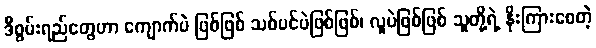
ဒီစွမ်းရည်တွေဟာ ကျောက်ပဲ ဖြစ်ဖြစ် သစ်ပင်ပဲဖြစ်ဖြစ်၊ လူပဲဖြစ်ဖြစ် သူတို့ရဲ့ နိုးကြားစေတဲ့